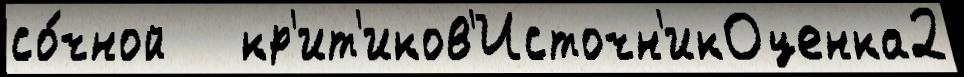
со́чной   кр'ит'иков'Источн'икОценка2